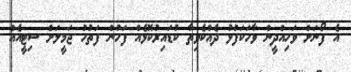
އެ ފޯނަށް ވަހިއްދީން ވާހަކަފުޅު ދެއްކެވިތާ ކުޑައިރުކޮޅެއް ފަހުން ފަތުހު ޖަމީލަށް ސިޓީއެއް